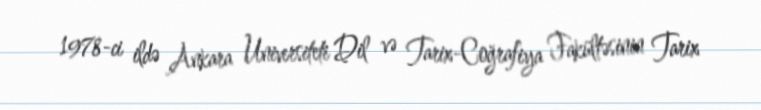
1978-ci ildə Ankara Universiteti Dil və Tarix-Coğrafiya Fakültəsinin Tarix